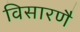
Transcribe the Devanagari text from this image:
विसारणै